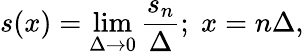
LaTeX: s(x)=\operatorname*{lim}_{\Delta\rightarrow 0}\frac{s_{n}}{\Delta};\; x=n\Delta,